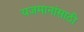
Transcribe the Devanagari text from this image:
यजमानांसाठी